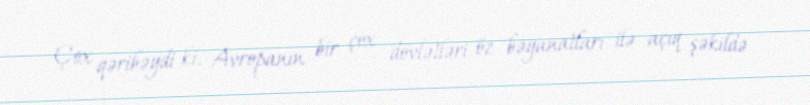
Çox qəribəydi ki, Avropanın bir çox dövlətləri öz bəyanatları ilə açıq şəkildə